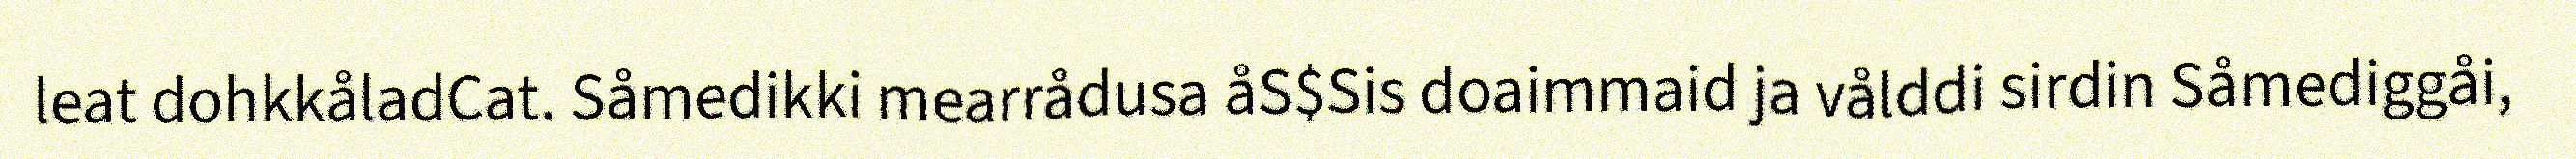
leat dohkkåladCat. Såmedikki mearrådusa åS$Sis doaimmaid ja vålddi sirdin Såmediggåi,